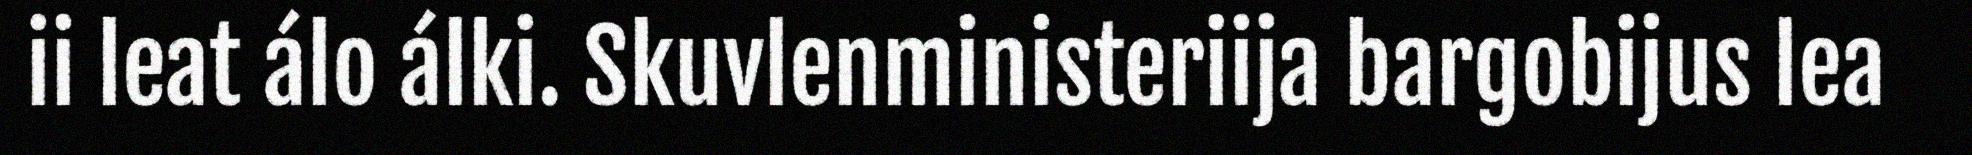
ii leat álo álki. Skuvlenministeriija bargobijus lea